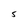
Character: S